Vaccination in the Punjab 1867-1880 - 1867-1880
Year: 1867
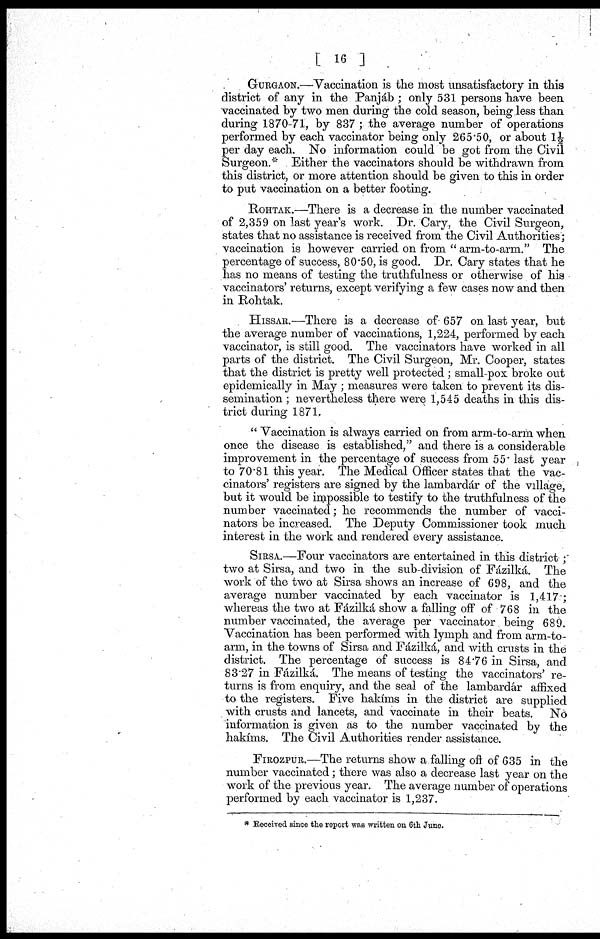
[ 16 ]
GURGAON.—Vaccination is the most unsatisfactory in this
district of any in the Panjáb; only 531 persons have been
vaccinated by two men during the cold season, being less than
during 1870-71, by 837 ; the average number of operations
performed by each vaccinator being only 265.50, or about 1½
per day each. No information could be got from the Civil
Surgeon.* Either the vaccinators should be withdrawn from
this district, or more attention should be given to this in order
to put vaccination on a better footing.
ROHTAK.—There is a decrease in the number vaccinated
of 2,359 on last year's work. Dr. Cary, the Civil Surgeon,
states that no assistance is received from the Civil Authorities;
vaccination is however carried on from " arm-to-arm." The
percentage of success, 80.50, is good. Dr. Cary states that he
has no means of testing the truthfulness or otherwise of his
vaccinators' returns, except verifying a few cases now and then
in Rohtak.
HISSAR.—There is a decrease of 657 on last year, but
the average number of vaccinations, 1,224, performed by each
vaccinator, is still good. The vaccinators have worked in all
parts of the district. The Civil Surgeon, Mr. Cooper, states
that the district is pretty well protected; small-pox broke out
epidemically in May ; measures were taken to prevent its dis¬
semination ; nevertheless there were 1,545 deaths in this dis¬
trict during 1871.
" Vaccination is always carried on from arm-to-arm when
once the disease is established," and there is a considerable
improvement in the percentage of success from 55 last year
to 70.81 this year. The Medical Officer states that the vac¬
cinators' registers are signed by the lambardár of the village,
but it would be impossible to testify to the truthfulness of the
number vaccinated; he recommends the number of vacci¬
nators be increased. The Deputy Commissioner took much
interest in the work and rendered every assistance.
SIRSA.—Four vaccinators are entertained in this district ;
two at Sirsa, and two in the sub-division of Fázilká. The
work of the two at Sirsa shows an increase of 698, and the
average number vaccinated by each vaccinator is 1,417 ;
whereas the two at Fázilká, show a falling off of 768 in the
number vaccinated, the average per vaccinator being 689.
Vaccination has been performed with lymph and from arm-to-
arm, in the towns of Sirsa and Fázilká, and with crusts in the
district. The percentage of success is 84.76 in Sirsa, and
83.27 in Fázilká. The means of testing the vaccinators' re-
turns is from enquiry, and the seal of the lambardár affixed
to the registers. Five hakíms in the district are supplied
with crusts and lancets, and vaccinate in their beats. No
information is given as to the number vaccinated by the
hakíms. The Civil Authorities render assistance.
FIROZPUR.—The returns show a falling ofí of 635 in the
number vaccinated; there was also a decrease last year on the
work of the previous year. The average number of operations
performed by each vaccinator is 1,237.
* Received since the report was written on 6th June.